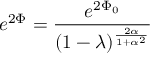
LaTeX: e ^ { 2 \Phi } = { \frac { e ^ { 2 \Phi _ { 0 } } } { ( 1 - \lambda ) ^ { \frac { 2 \alpha } { 1 + \alpha ^ { 2 } } } } }